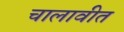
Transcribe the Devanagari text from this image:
चालावीत